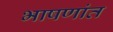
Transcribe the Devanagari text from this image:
भाषणांत